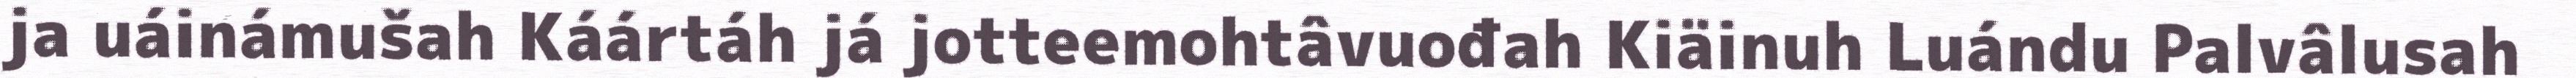
ja uáinámušah Káártáh já jotteemohtâvuođah Kiäinuh Luándu Palvâlusah